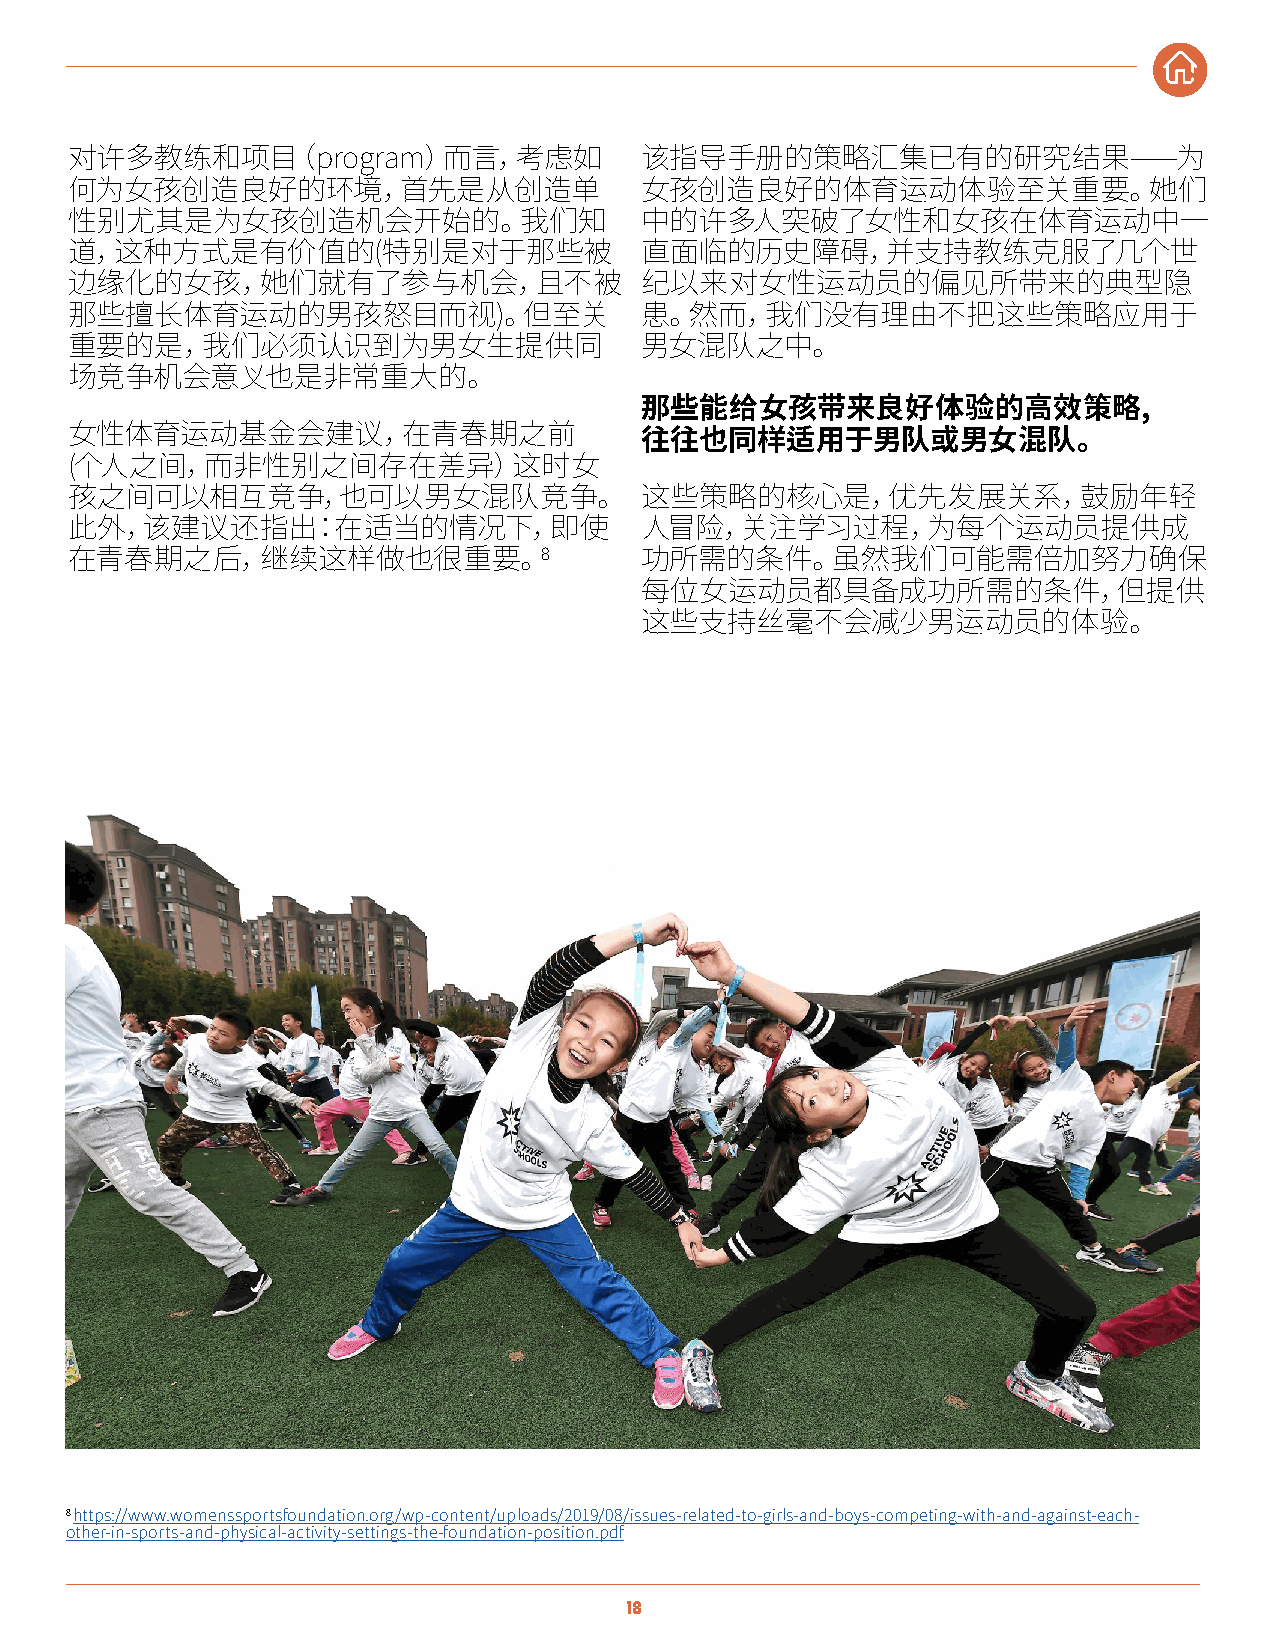
对许多教练和项目（program）而言，考虑如               该指导手册的策略汇集已有的研究结果——为
 何为女孩创造良好的环境，首先是从创造单                   女孩创造良好的体育运动体验至关重要。她们
 性别尤其是为女孩创造机会开始的。我们知                   中的许多人突破了女性和女孩在体育运动中一
 道，这种方式是有价值的(特别是对于那些被                  直面临的历史障碍，并支持教练克服了几个世
 边缘化的女孩，她们就有了参与机会，且不被                  纪以来对女性运动员的偏见所带来的典型隐
 那些擅长体育运动的男孩怒目而视)。但至关                  患。然而，我们没有理由不把这些策略应用于
 重要的是，我们必须认识到为男女生提供同                   男女混队之中。
 场竞争机会意义也是非常重大的。
 那些能给女孩带来良好体验的高效策略,
 女性体育运动基金会建议，在青春期之前                    往往也同样适用于男队或男女混队。
 (个人之间，而非性别之间存在差异）这时女
 孩之间可以相互竞争，也可以男女混队竞争。                  这些策略的核心是，优先发展关系，鼓励年轻
 此外，该建议还指出：在适当的情况下，即使                  人冒险，关注学习过程，为每个运动员提供成
 8
 在青春期之后，继续这样做也很重要。                     功所需的条件。虽然我们可能需倍加努力确保
 每位女运动员都具备成功所需的条件，但提供
 这些支持丝毫不会减少男运动员的体验。
 8 https://www.womenssportsfoundation.org/wp-content/uploads/2019/08/issues-related-to-girls-and-boys-competing-with-and-against-each-
 other-in-sports-and-physical-activity-settings-the-foundation-position.pdf
 18